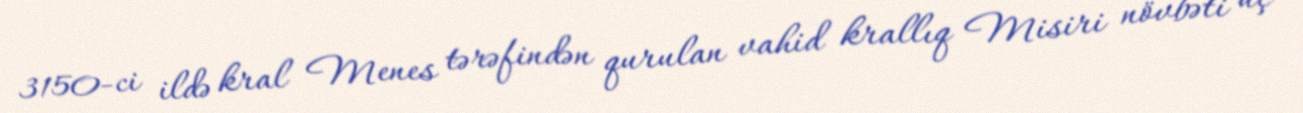
3150-ci ildə kral Menes tərəfindən qurulan vahid krallıq Misiri növbəti üç